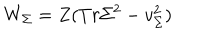
LaTeX: W _ { \Sigma } = Z ( T r \Sigma ^ { 2 } - v _ { \Sigma } ^ { 2 } )